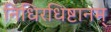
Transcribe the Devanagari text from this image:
निधिरधिष्टानम्